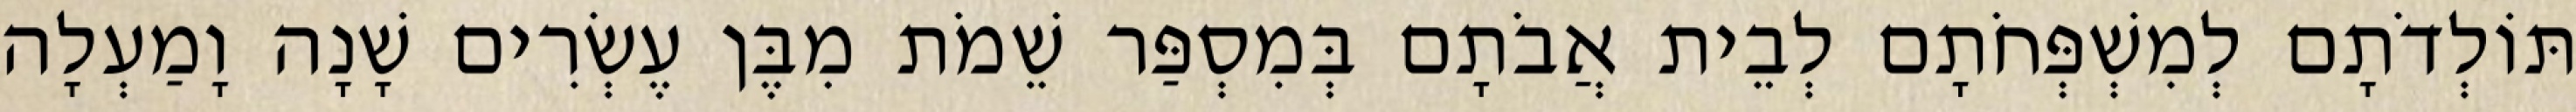
תּוֹלְדֹתָם לְמִשְׁפְּחֹתָם לְבֵית אֲבֹתָם בְּמִסְפַּר שֵׁמֹת מִבֶּן עֶשְׂרִים שָׁנָה וָמַעְלָה